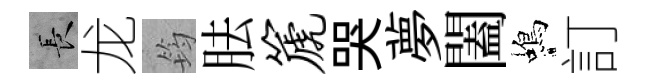
长龙筠胠篪哭夢闔蝎訂